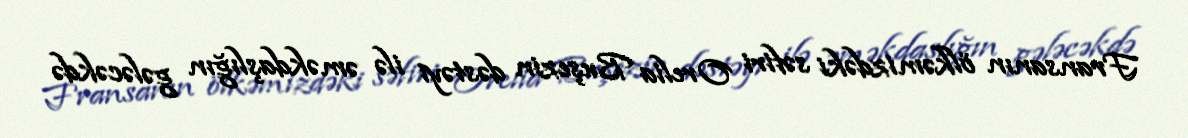
Fransanın ölkəmizdəki səfiri Orelia Buşezin dəstəyi ilə əməkdaşlığın gələcəkdə